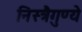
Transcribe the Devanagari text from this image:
निस्त्रैगुण्ये